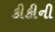
કીકીની